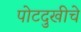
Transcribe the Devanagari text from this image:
पोटदुखीचे